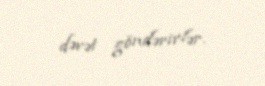
dəvət göndərirlər.